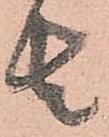
者